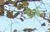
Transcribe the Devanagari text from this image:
डोर्न्न